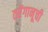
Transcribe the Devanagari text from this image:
तरेंगानूची